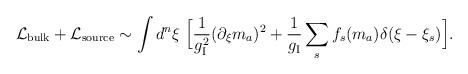
LaTeX: \begin{align*}{\cal L}_{\rm bulk} + {\cal L}_{\rm source}\sim \int d^n\xi \; \Bigl[ {1\over g_{\rm I}^2}(\partial_\xi m_a)^2 + {1\over g_{\rm I}} \sum_s f_s(m_a) \delta(\xi-\xi_s)\Bigr].\end{align*}